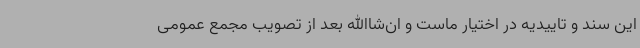
این سند و تاییدیه در اختیار ماست و ان‌شاالله بعد از تصویب مجمع عمومی